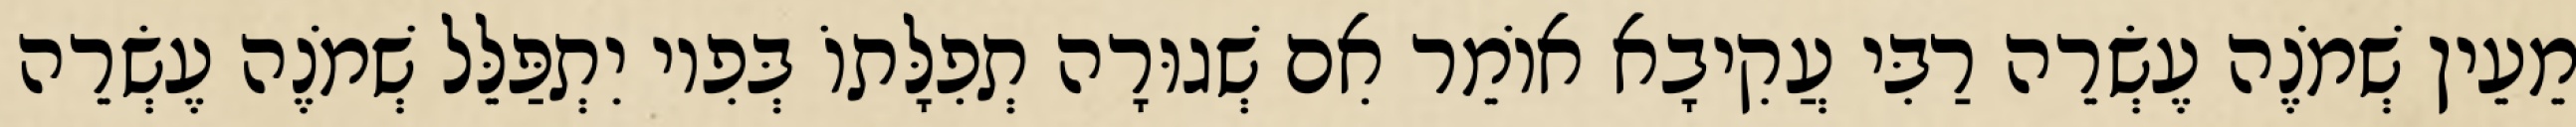
מֵעֵין שְׁמֹנֶה עֶשְׂרֵה רַבִּי עֲקִיבָא אוֹמֵר אִם שְׁגוּרָה תְפִלָּתוֹ בְּפִיו יִתְפַּלֵּל שְׁמֹנֶה עֶשְׂרֵה